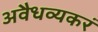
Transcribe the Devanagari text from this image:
अवैधव्यकरं